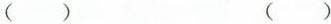
() ()